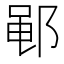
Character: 𫑡